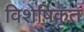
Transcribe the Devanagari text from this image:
विशेषिकृत